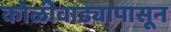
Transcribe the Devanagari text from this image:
कोळीवाड्यापासून